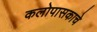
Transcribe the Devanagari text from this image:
कलोपासकाचे